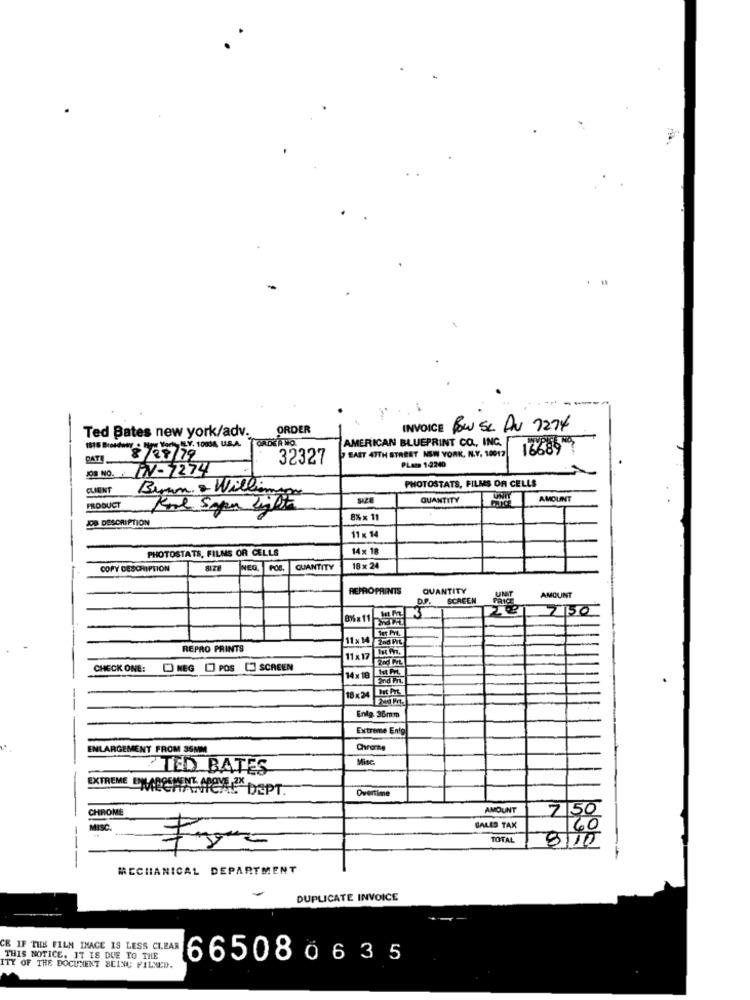
Ted Bates new york/adv.
ORDER
INVOICE BOW Se AV 7277
ORDER NO.
AMERICAN BLUEPRINT CO ., INC.
1815 Broadway . tips World ELY. 10004, U.S.A.
166897
DATE
8/08/19
32327
EAST 47TH STREET NEW YORK, N.Y. 10012
PLeta 1-2240
WV-7274
JOB NO.
PHOTOSTATS, FILMS OF CELLS
CLIENT
Beran & Williams
QUANTITY
AMOUNT
PRODUCT
JDD DESCRIPTION
8% x 11
11 × 14
PHOTOSTATS, FILMS OR CELLS
14 x 1
COPY DESCRIPTION
NEQ.
QUANTITY
18 x 24
REPROPRINTS
QUANTITY
UNT
D.P.
SCACEN
PRICE
AMOUNT
7150
11 x14
Und PVE
REPRO PRINTS
11x 17 15 PT.
CHECK ONE:
NEG [] POS [ SCREEN
14× 18
18x24
Enig. 36mm
Extreme Enfg
ENLARGEMENT FROM 35MM
Chrome
Mite
CTED BATES
EXTREME OMSCHWACHE DEPT.
Overtime
IOME
AMOUNT
750
SALES TAX
TOTAL
8/10
---
MECHANICAL DEPARTMENT
DUPLICATE INVOICE
CE IF THE FILM IMAGE IS LESS CLEAR
THIS NOTICE. IT IS DUE TO TILE
665080635
ITY OF THE DOCUMENT BEING FILMED.